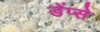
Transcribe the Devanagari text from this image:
डेंप्से